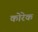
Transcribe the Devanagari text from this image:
कोरेक